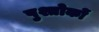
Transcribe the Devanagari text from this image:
पुश्तोकों